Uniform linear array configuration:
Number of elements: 64
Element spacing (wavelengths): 0.25
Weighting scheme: exponential
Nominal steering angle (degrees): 60
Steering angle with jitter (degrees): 59.859
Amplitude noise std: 0.05
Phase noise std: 0.05

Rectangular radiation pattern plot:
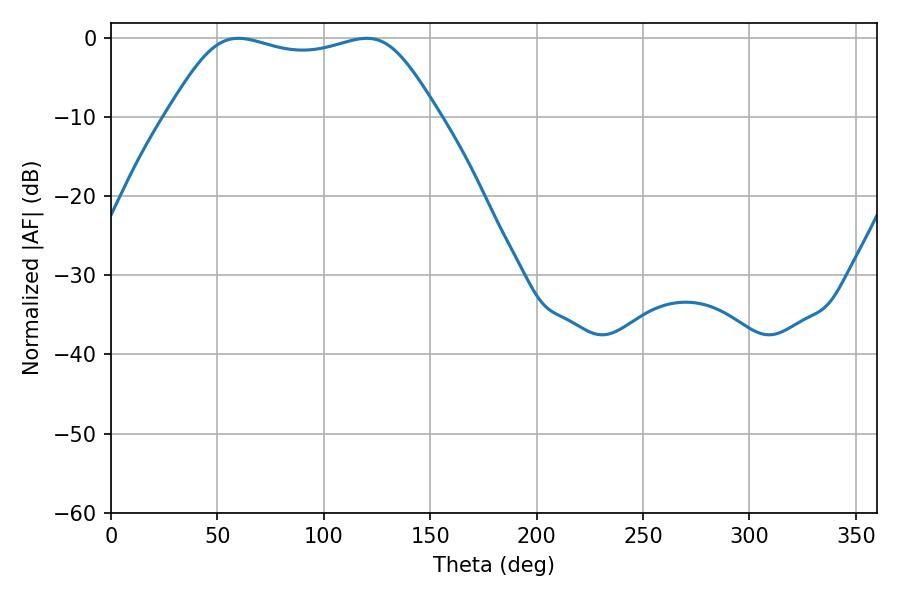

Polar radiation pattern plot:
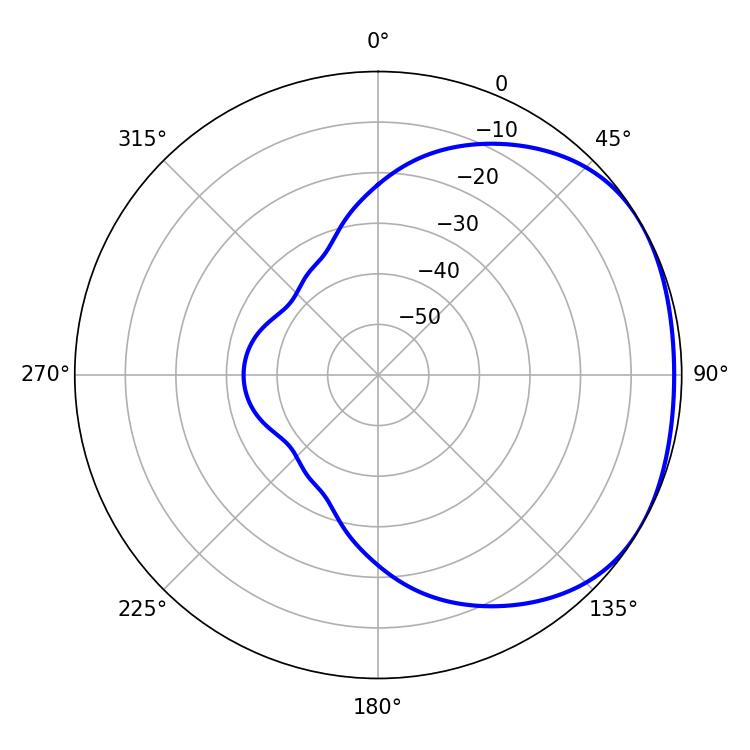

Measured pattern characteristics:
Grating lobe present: FALSE
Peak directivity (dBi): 1.731
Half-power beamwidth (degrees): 96.84
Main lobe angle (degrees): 59.76